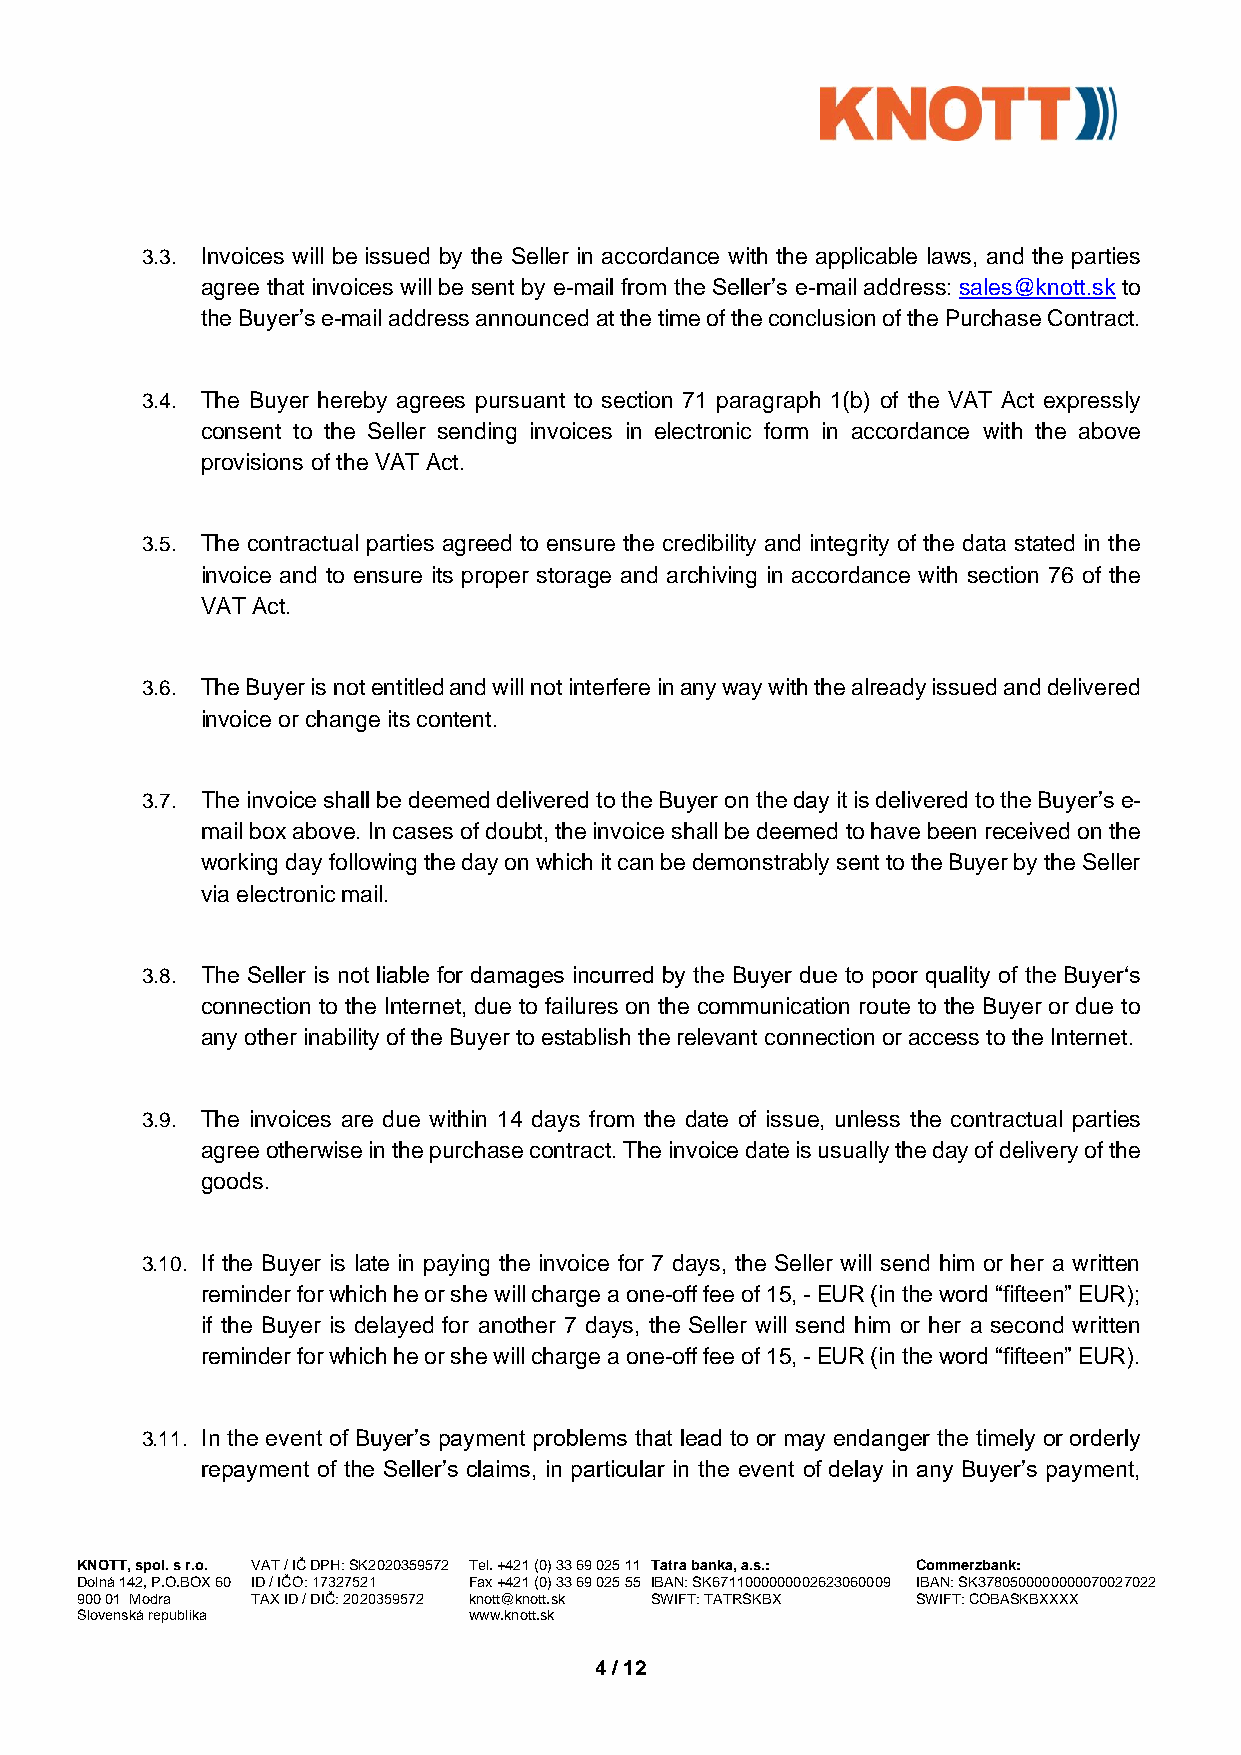
3.3. Invoices will be issued by the Seller in accordance with the applicable laws, and the parties
 agree that invoices will be sent by e-mail from the Seller’s e-mail address: sales@knott.sk to
 the Buyer’s e-mail address announced at the time of the conclusion of the Purchase Contract.
 3.4. The Buyer hereby agrees pursuant to section 71 paragraph 1(b) of the VAT Act expressly
 consent to the Seller sending invoices in electronic form in accordance with the above
 provisions of the VAT Act.
 3.5. The contractual parties agreed to ensure the credibility and integrity of the data stated in the
 invoice and to ensure its proper storage and archiving in accordance with section 76 of the
 VAT Act.
 3.6. The Buyer is not entitled and will not interfere in any way with the already issued and delivered
 invoice or change its content.
 3.7. The invoice shall be deemed delivered to the Buyer on the day it is delivered to the Buyer’s e-
 mail box above. In cases of doubt, the invoice shall be deemed to have been received on the
 working day following the day on which it can be demonstrably sent to the Buyer by the Seller
 via electronic mail.
 3.8. The Seller is not liable for damages incurred by the Buyer due to poor quality of the Buyer‘s
 connection to the Internet, due to failures on the communication route to the Buyer or due to
 any other inability of the Buyer to establish the relevant connection or access to the Internet.
 3.9. The invoices are due within 14 days from the date of issue, unless the contractual parties
 agree otherwise in the purchase contract. The invoice date is usually the day of delivery of the
 goods.
 3.10. If the Buyer is late in paying the invoice for 7 days, the Seller will send him or her a written
 reminder for which he or she will charge a one-off fee of 15, - EUR (in the word “fifteen” EUR);
 if the Buyer is delayed for another 7 days, the Seller will send him or her a second written
 reminder for which he or she will charge a one-off fee of 15, - EUR (in the word “fifteen” EUR).
 3.11. In the event of Buyer’s payment problems that lead to or may endanger the timely or orderly
 repayment of the Seller’s claims, in particular in the event of delay in any Buyer’s payment,
 KNOTT, spol. s r.o. VAT / IČ DPH: SK2020359572 Tel. +421 (0) 33 69 025 11 Tatra banka, a.s.: Commerzbank:
 Dolná 142, P.O.BOX 60 ID / IČO: 17327521 Fax +421 (0) 33 69 025 55 IBAN: SK6711000000002623060009 IBAN: SK3780500000000070027022
 900 01 Modra TAX ID / DIČ: 2020359572 knott@knott.sk SWIFT: TATRSKBX SWIFT: COBASKBXXXX
 Slovenská republika       www.knott.sk
 4 / 12